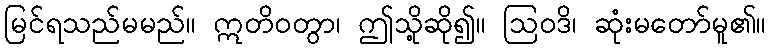
မြင်ရသည်မမည်။ ဣတိဝတွာ၊ ဤသို့ဆို၍။ ဩဝဒိ၊ ဆုံးမတော်မူ၏။